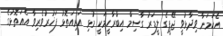
އެކަމަނާ ވިދާޅުވީ ޖޭޕީގެ ލީޑަރު ގާސިމް އިބްރާހީމަކީ މުޅި އަރިއަތޮޅު ފަޚުރުވެރިވާ އެއަތޮޅުގެ